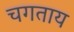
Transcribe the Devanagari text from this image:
चगताय